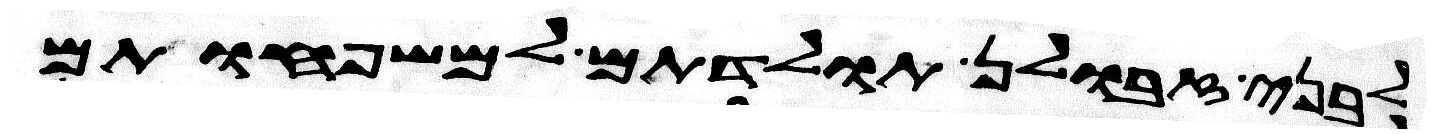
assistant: לבני זבולן תולדתם למשפחותם